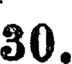
30.